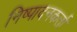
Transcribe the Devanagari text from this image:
निष्‍पादनकर्ता